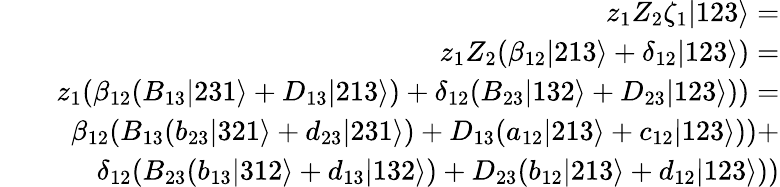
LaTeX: \begin{array}{rlr}&{}&{z_{1}Z_{2}\zeta_{1}|123\rangle=}\\ &{}&{z_{1}Z_{2}(\beta_{12}|213\rangle+\delta_{12}|123\rangle)=}\\ &{}&{z_{1}(\beta_{12}(B_{13}|231\rangle+D_{13}|213\rangle)+\delta_{12}(B_{23}|132\rangle+D_{23}|123\rangle))=}\\ &{}&{\beta_{12}(B_{13}(b_{23}|321\rangle+d_{23}|231\rangle)+D_{13}(a_{12}|213\rangle+c_{12}|123\rangle))+}\\ &{}&{\delta_{12}(B_{23}(b_{13}|312\rangle+d_{13}|132\rangle)+D_{23}(b_{12}|213\rangle+d_{12}|123\rangle))}\end{array}